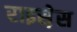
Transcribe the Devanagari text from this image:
राइस़ेस